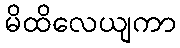
မိထိလေယျကာ